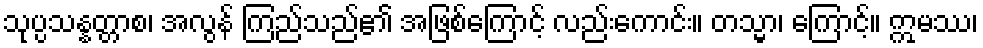
သုပ္ပသန္နတ္တာစ၊ အလွန် ကြည်သည်၏ အဖြစ်ကြောင့် လည်းကောင်း။ တသ္မာ၊ ကြောင့်။ ဣမဿ၊